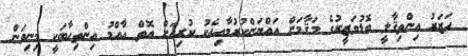
ހަޒަރު އިންތިޤާލީ ބޮޑުވަޒީރުގެ މަޤާމަށް އައްޔަންކުރުމާއިއެކު ކުރިއަށް އޮތް އާއްމު އިންތިހާބަކީ މިނިވަން